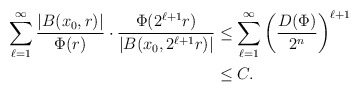
\begin{align*}\sum_{\ell=1}^\infty\frac{|B(x_0,r)|}{\Phi(r)}\cdot\frac{\Phi(2^{\ell+1}r)}{|B(x_0,2^{\ell+1}r)|}&\le\sum_{\ell=1}^\infty\left(\frac{D(\Phi)}{2^n}\right)^{\ell+1}\\&\le C.\end{align*}